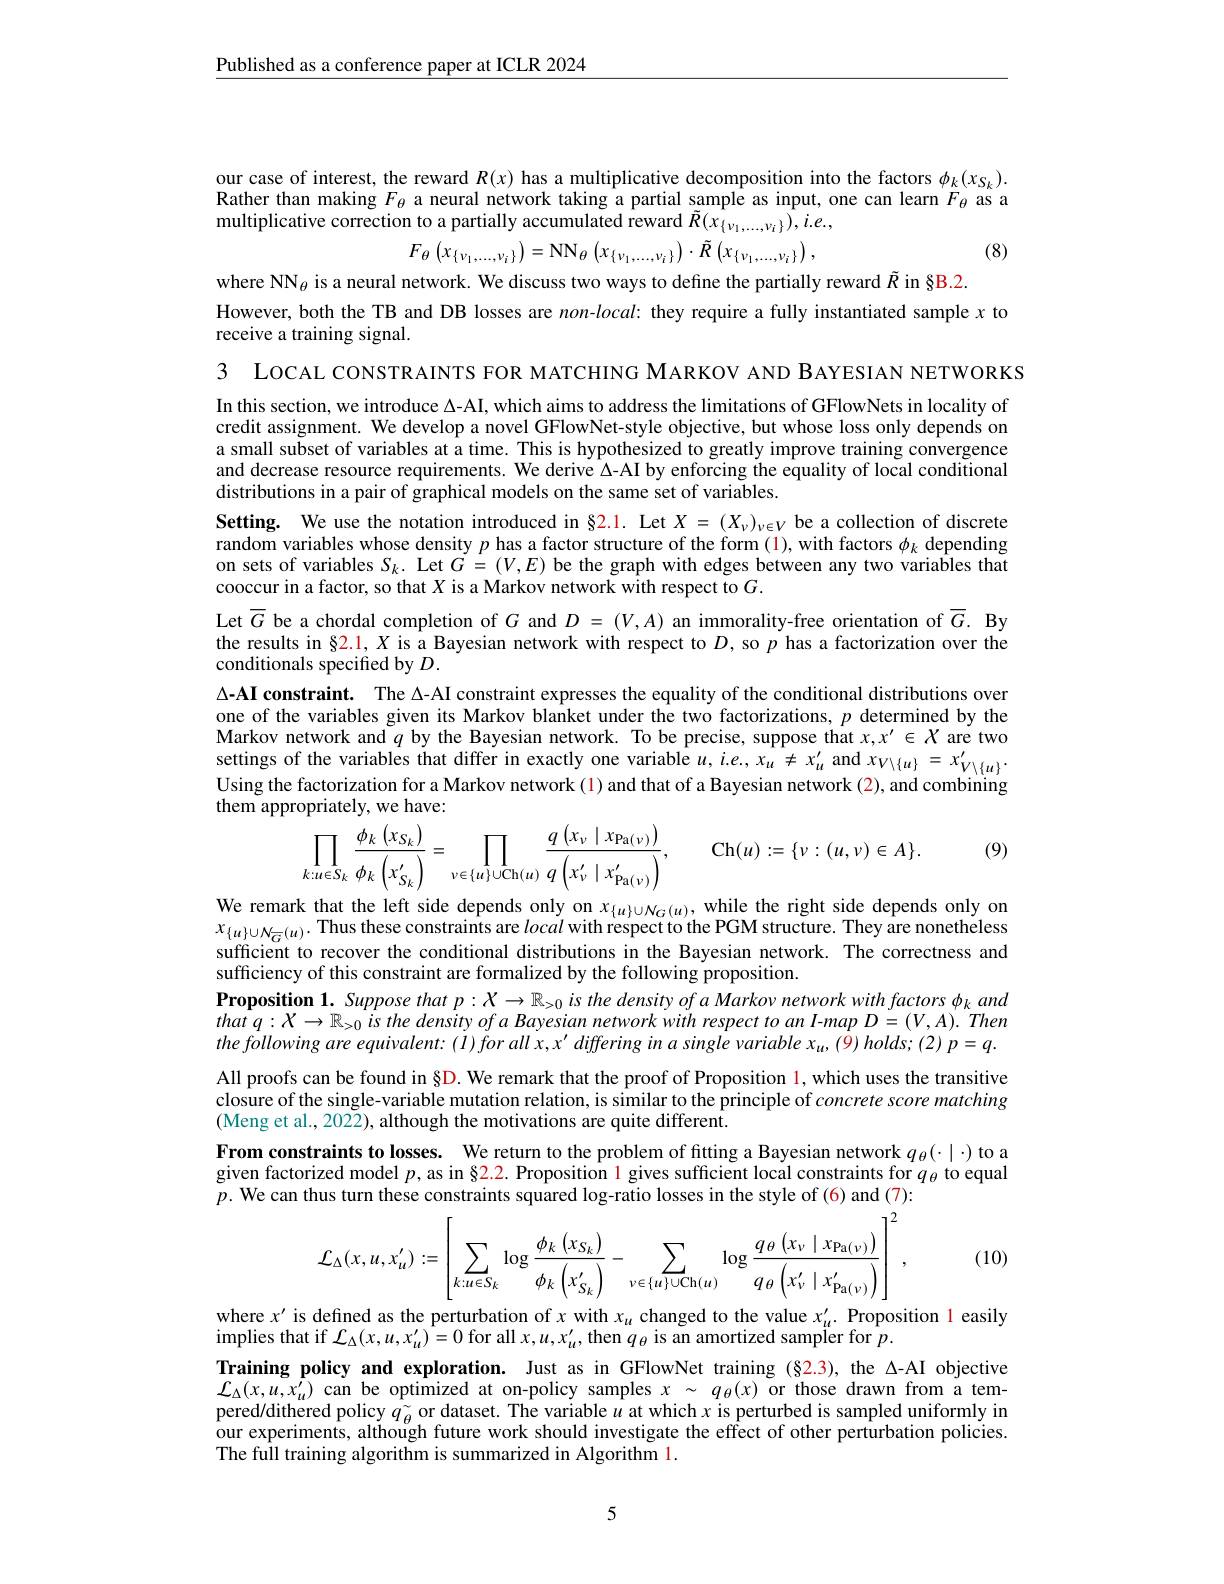
Published as a conference paper at ICLR 2024

our case of interest, the reward $R(x)$ has a multiplicative decomposition into the factors $\phi_k(x_{S_k}).$ Rather than making $F_{\theta}$ a neural network taking a partial sample as input, one can learn $F_{\theta}$ as a multiplicative correction to a partially accumulated reward $\tilde{R}(x_{\{\nu_1,\ldots,\nu_i\}}),i.e.$,
$$F_{\theta}\left(x_{\{\nu_{1},...,\nu_{i}\}}\right)=\mathrm{NN}_{\theta}\left(x_{\{\nu_{1},...,\nu_{i}\}}\right)\cdot\tilde{R}\left(x_{\{\nu_{1},...,\nu_{i}\}}\right),$$
(8)

where NN$_\theta$ is a neural network. We discuss two ways to define the partially reward $\tilde{R}$ in §B.2.
However, both the TB and DB losses are $non-local:$ they require a fully instantiated sample $x$ to
receive a training signal.

3 LOCAL CONSTRAINTS FOR MATCHING MARKOV AND BAYESIAN NETWORKS In this section, we introduce $\Delta$-AI, which aims to address the limitations of GFlowNets in locality of credit assignment. We develop a novel GFlowNet-style objective, but whose loss only depends on a small subset of variables at a time. This is hypothesized to greatly improve training convergence and decrease resource requirements. We derive $\Delta$-AI by enforcing the equality of local conditional distributions in a pair of graphical models on the same set of variables.
Setting. We use the notation introduced in §2.1. Let $X=(X_\nu)_{\nu\in V}$ be a collection of discrete random variables whose density $p$ has a factor structure of the form (1), with factors $\phi_k$ depending on sets of variables $S_k.$ Let $G=(V,E)$ be the graph with edges between any two variables that cooccur in a factor, so that $X$ is a Markov network with respect to $G.$
Let $\overline{G}$ be a chordal completion of $G$ and $D=(V,A)$ an immorality-free orientation of $\overline{G}.$ By the results in §2.1, X is a Bayesian network with respect to $D$, so $p$ has a factorization over the conditionals specified by $D.$
$\Delta \textbf{- AI constraint. }$ The Δ-AI constraint expresses the equality of the conditional distributions over one of the variables given its Markov blanket under the two factorizations, $p$ determined by the Markov network and $q$ by the Bayesian network. To be precise, suppose that $x,x^\prime\in X$ are two settings of the variables that differ in exactly one variable $u, i. e. , x_{u}\neq x_{u}^{\prime }$ and $x_{V\setminus \{ u\} }= x_{V\setminus \{ u\} }^{\prime }.$ Using the factorization for a Markov network ( 1) and that of a Bayesian network ( 2) , and combining them appropriately, we have:
$$\prod_{k:u\in S_{k}}\frac{\phi_{k}\left(x_{S_{k}}\right)}{\phi_{k}\left(x_{S_{k}}^{\prime}\right)}=\prod_{\nu\in\{u\}\cup\mathrm{Ch}(u)}\frac{q\left(x_{\nu}\mid x_{\mathrm{Pa}(\nu)}\right)}{q\left(x_{\nu}^{\prime}\mid x_{\mathrm{Pa}(\nu)}^{\prime}\right)},\quad\mathrm{Ch}(u):=\{\nu:(u,\nu)\in A\}.$$
(9)

We remark that the left side depends only on $x_{\{u\}\cup\mathcal{N}_G(u)}$, while the right side depends only on $x_{\{u\}\cup N_{\overline{G}}(u)}.$Thus these constraints are local with respect to the PGM structure. They are nonetheless sufficient to recover the conditional distributions in the Bayesian network. The correctness and sufficiency of this constraint are formalized by the following proposition.
Proposition 1. Suppose that $p:X\to\mathbb{R}_{>0}$ is the density of a Markov network with factors $\phi_k$ and $thatq:X\to\mathbb{R}_{>0}is$ the density of a Bayesian network with respect to an I-map $D=(V,A).Then$ the following are equivalent: $(1)forallx,x^{\prime}differinginasinglevariablex_u,(9)holds;(2)p=q.$ All proofs can be found in§D. We remark that the proof of Proposition 1, which uses the transitive closure of the single-variable mutation relation, is similar to the principle of concrete score matching (Meng et al., 2022), although the motivations are quite different.
From constraints to losses. We return to the problem of fitting a Bayesian network $q_\theta(\cdot\mid\cdot)$ to a given factorized model $p$, as in §2.2. Proposition 1 gives sufficient local constraints for $q_\theta$ to equal $p.$ We can thus turn these constraints squared log-ratio losses in the style of (6) and (7):
$$\mathcal{L}_{\Delta}(x,u,x_{u}^{\prime}):=\left[\sum_{k:u\in S_{k}}\log\frac{\phi_{k}\left(x_{S_{k}}\right)}{\phi_{k}\left(x_{S_{k}}^{\prime}\right)}-\sum_{\nu\in\{u\}\cup\mathrm{Ch}(u)}\log\frac{q_{\theta}\left(x_{\nu}\mid x_{\mathrm{Pa}(\nu)}\right)}{q_{\theta}\left(x_{\nu}^{\prime}\mid x_{\mathrm{Pa}(\nu)}^{\prime}\right)}\right]^{2},$$
(10)

where $x^\prime$ is defined as the perturbation of $x$ with $x_u$ changed to the value $x_u^{\prime}.$ Proposition l easily
implies that if $\mathcal{L} _{\Delta }( x, u, x_{u}^{\prime }) = 0$ for all $x,u,x_{u}^{\prime}$,then $q_{\theta}$ is an amortized sampler for $p.$
Training policy and exploration. Just as in GFlowNet training (§2.3), the Δ-AI objective ${\mathcal{L}}_{\Delta}(x,u,x_{u}^{\prime})$ can be optimized at on-policy samples $x\sim q_\theta(x)$ or those drawn from a tempered/dithered policy $q_{\widetilde{\theta}}$ or dataset. The variable $u$ at which $x$ is perturbed is sampled uniformly in our experiments, although future work should investigate the effect of other perturbation policies. The full training algorithm is summarized in Algorithm l.

5